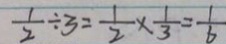
\frac { 1 } { 2 } \div 3 = \frac { 1 } { 2 } \times \frac { 1 } { 3 } = \frac { 1 } { 6 }